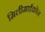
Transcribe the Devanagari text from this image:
मिलीमाईक्रोन